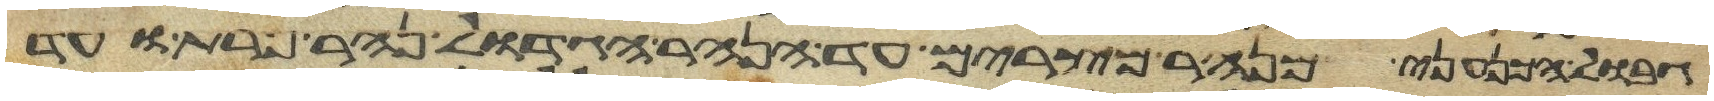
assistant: גבול הכנעני מנהר מצרים עד הנהר הגדול נהר פרת ועד